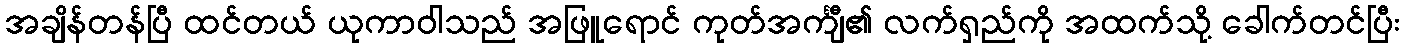
အချိန်တန်ပြီ ထင်တယ် ယုကာဝါသည် အဖြူရောင် ကုတ်အင်္ကျီ၏ လက်ရှည်ကို အထက်သို့ ခေါက်တင်ပြီး